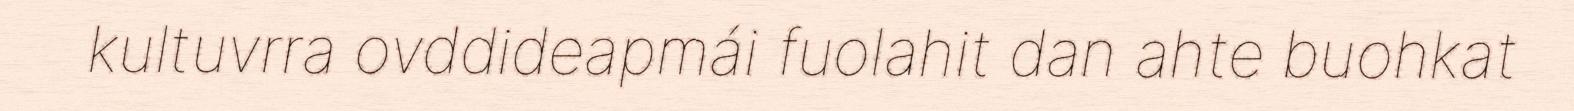
kultuvrra ovddideapmái fuolahit dan ahte buohkat